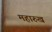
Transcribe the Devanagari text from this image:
महारुख